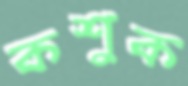
কশুক